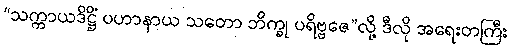
“သက္ကာယဒိဋ္ဌိံ ပဟာနာယ သတော ဘိက္ခု ပရိဗ္ဗဇေ”လို့ ဒီလို အရေးတကြီး